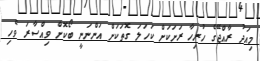
މިއަދު ރާއްޖޭގެ ހުރިހާ ރަށަކަށް ކަހަލަ ގޮތަކަށް އަންނަނީ ބޯކޮށް ވިއްސާރަ ވެހި